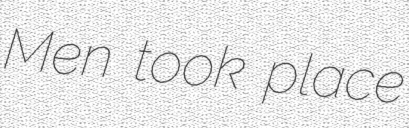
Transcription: Men took place